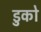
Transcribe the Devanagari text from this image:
डुको